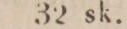
32 sk.